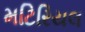
મટિરિયલ